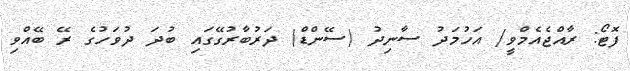
ފޮޓޯ: ރާއްޖެއެމްވީ/ އަހުމަދު ސާނިދު (ސޭންޑް) ދަރުބާރުގޭގައި ބުދަ ދުވަހުގެ ރޭ ބޭއްވި